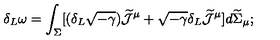
\delta _ { L } \omega = \int _ { \Sigma } [ ( \delta _ { L } \sqrt { - \gamma } ) \widetilde { \cal J } ^ { \mu } + \sqrt { - \gamma } \delta _ { L } \widetilde { \cal J } ^ { \mu } ] d \widetilde { \Sigma } _ { \mu } ;